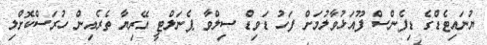
ޔުނައިޓެޑްގެ ޑިފެންސް ފޫއަޅުވާލުމަށް ފަހު ޑަވިޑް ސިލްވާ ޕެނަލްޓީ އޭރިޔާ ތެރެއިން ހުރަސްކޮށްލި